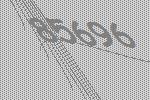
85696